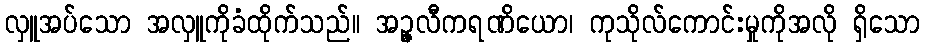
လှူအပ်သော အလှူကိုခံထိုက်သည်။ အဉ္ဇလီကရဏိယော၊ ကုသိုလ်ကောင်းမှုကိုအလို ရှိသော